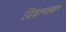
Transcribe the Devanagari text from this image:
जिंकल्याबद्दल